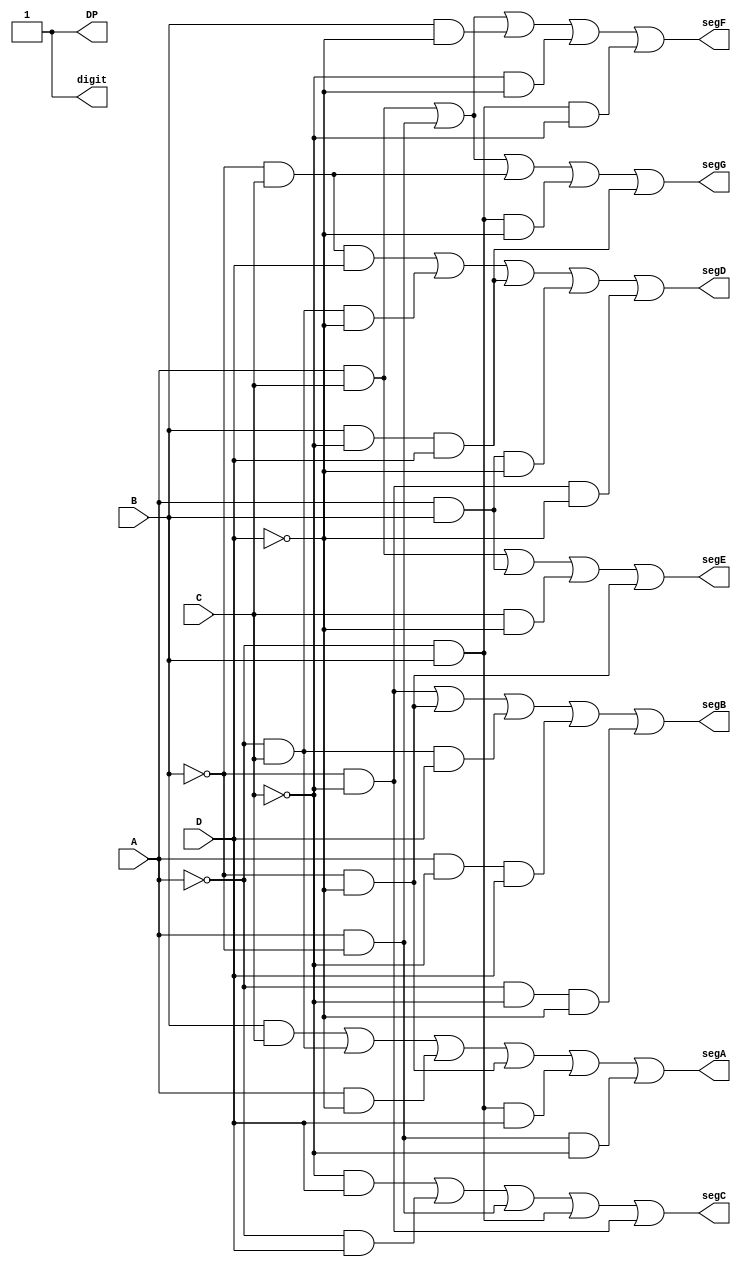
`timescale 1ns / 1ps

module seven_segment_display(
    input A, 
    input B, 
    input C, 
    input D,
    output DP,
    output segA, 
    output segB, 
    output segC, 
    output segD, 
    output segE, 
    output segF, 
    output segG,
    output digit
    );

    assign DP = 1;
    assign segA = (B & C) | (~A & C) | (A & ~D) | (~B & ~D) | (~A & B & D) | (A & ~B & ~C);
    assign segB = (~B & ~C) | (~B & ~D) | (~A & C & D) | (A & ~C & D) | (~A & ~C & ~D);
    assign segC = (~C & D) | (~A & D) | (A & ~B) | (~A & B) | (~B & ~C);
    assign segD = (~B & C & D) | (~A & C & ~D) | (B & ~C & D) | (A & B & ~D) | (~B & ~C & ~D);
    assign segE = (A & C) | (A & B) | (C & ~D) | (~B & ~D);
    assign segF = (A & C) | (A & ~B) | (B & ~D) | (~C & ~D) | (~A & B & ~C);
    assign segG = (A & C) | (A & ~B) | (~B & C) | (~A & B & ~D) | (B & ~C & D) ;
    assign digit = segA | segB | segC | segD | segE | segF | segG | DP;
endmodule